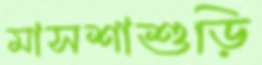
মাসশাশুড়ি